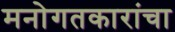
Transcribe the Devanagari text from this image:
मनोगतकारांचा